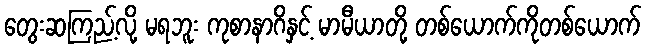
တွေးဆကြည့်လို့ မရဘူး ကုစာနာဂိနှင့် မာမီယာတို့ တစ်ယောက်ကိုတစ်ယောက်